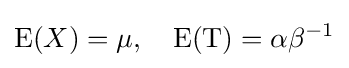
\operatorname {E} (X)=\mu \,\!,\quad \operatorname {E} (\mathrm {T} )=\alpha \beta ^{-1}